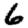
Digit: 6